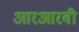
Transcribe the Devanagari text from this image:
आरआरवी